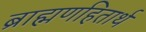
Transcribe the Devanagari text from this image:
ब्राह्मणहितार्थ